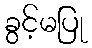
ခွင့်မပြု